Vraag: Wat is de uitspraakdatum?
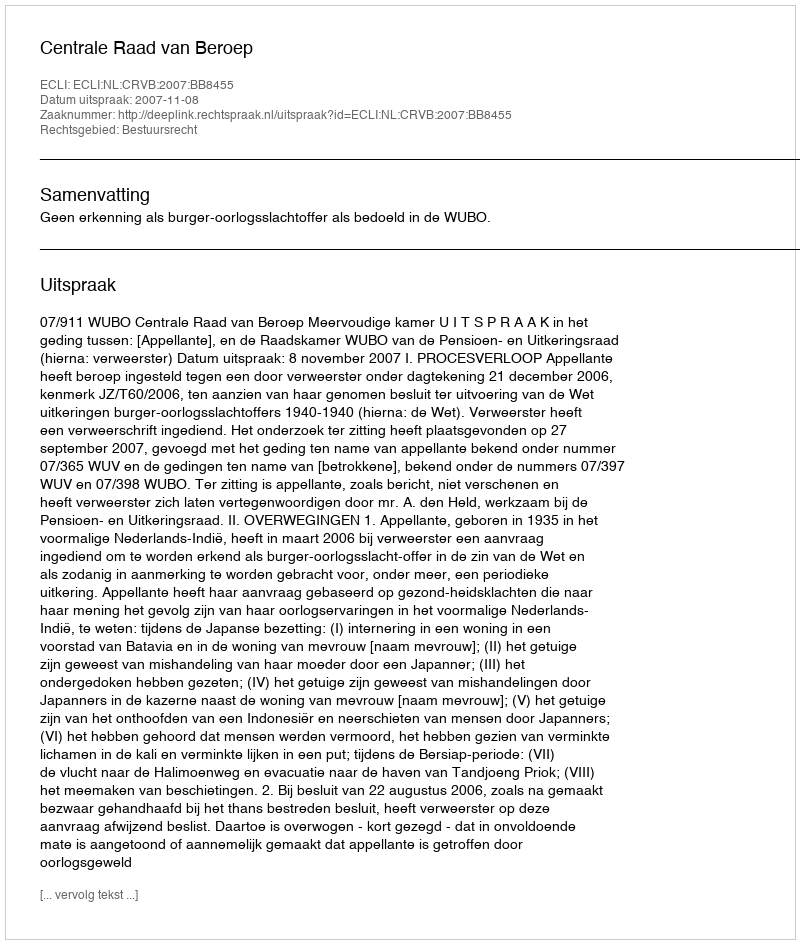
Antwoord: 2007-11-08